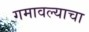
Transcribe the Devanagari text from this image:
गमावल्याचा